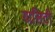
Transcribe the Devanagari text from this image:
यालिटी